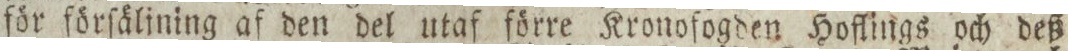
för förſäljning af den del utaf förre Kronofogden Hoflings och deß